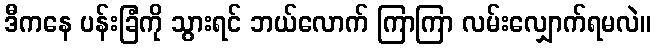
ဒီကနေ ပန်းခြံကို သွားရင် ဘယ်လောက် ကြာကြာ လမ်းလျှောက်ရမလဲ။